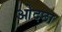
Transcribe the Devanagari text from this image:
ओदछा